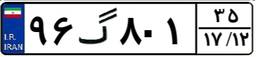
۹۶گ۸۰۱۳۵